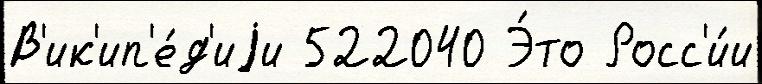
В'ик'ип'е́д'иjи 522040 Э́то Росс'и́и